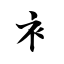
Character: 衤